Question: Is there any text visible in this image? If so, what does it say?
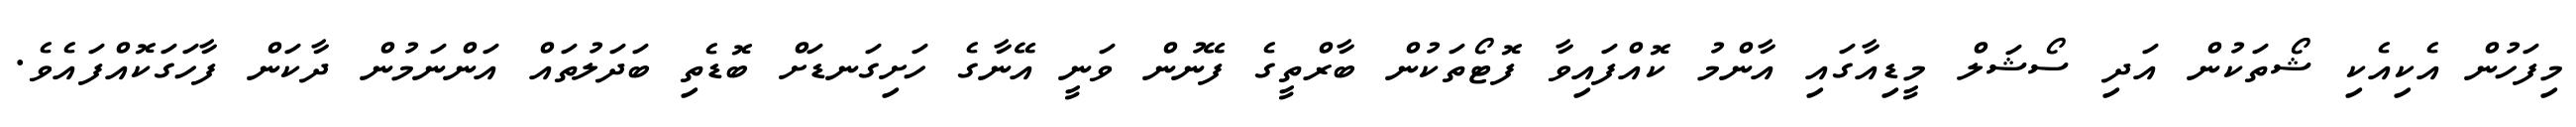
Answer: މިފަހުން އެކިއެކި ޝޯތަކުން އަދި ސޯޝަލް މީޑިއާގައި އާންމު ކޮއްފައިވާ ފޮޓޯތަކުން ބާރްތީގެ ފޭނުން ވަނީ އޭނާގެ ހަށިގަނޑަށް ބޮޑެތި ބަދަލުތައް އަންނަމުން ދާކަން ފާހަގަކޮއްފައެވެ.